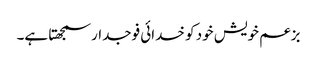
بزعم خویش خود کو خدائی فوجدار سمجھتا ہے۔